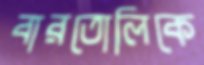
বারতোলিকে